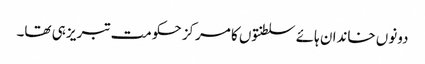
دونوں خاندان ہائے سلطنتوں کا مرکز حکومت تبریز ہی تھا۔